Report on the lunatic asylums under the Government of Bombay - 1904-1913
Year: 1904
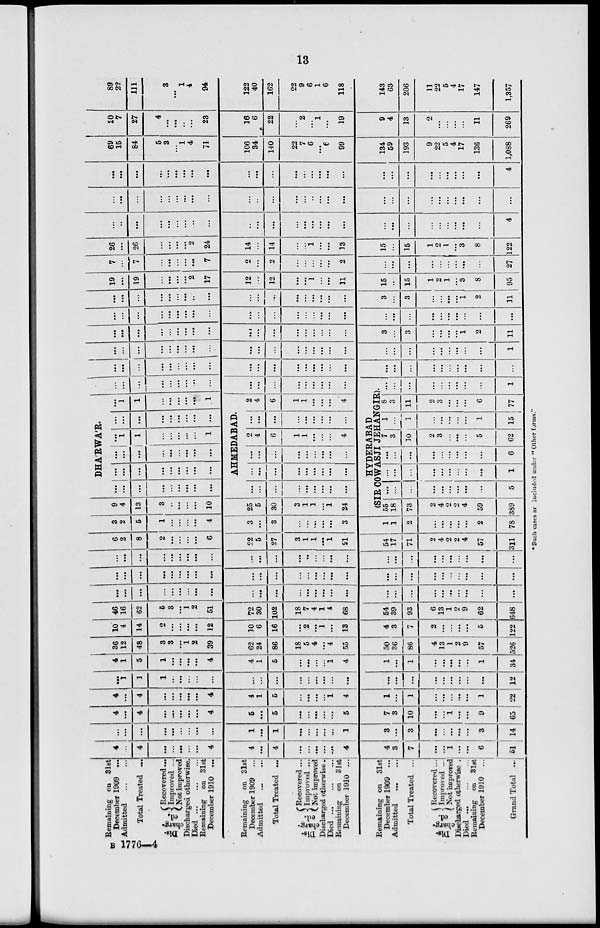
13
Remaining on 31st
December 1909 ...
Admitted
......
Total Treated ...
Dis-
charg-
ed.
Recovered...
Improved ...
Not improved
Discharged otherwise.
Died
.........
Remaining on 31st
December 1910 ...
Remaining on 31st
December 1909 ...
Admitted ......
Total Treated ...
Dis-
charg-
ed.
Recovered ...
Improved ...
Not improved
Discharged otherwise .
Died
.........
Remaining on 31st
December 1910 ...
Remaining on 31st
December 1909 ...
Admitted ......
Total Treated ...
Dig-
charg-
ed.
Recovered ...
Improved ...
Not improved
Discharged otherwise .
Died
.........
Remaining on 31st
December 1910 ...
Grand Total ...
4
..
4
...
...
...
...
...
4
4
...
4
...
...
...
...
...
4
4
3
7
...
...
1
...
...
6
51
...
...
...
...
...
...
...
...
...
1
...
1
...
...
...
...
...
1
3
...
3
...
...
...
...
...
3
14
4
...
4
...
...
...
...
...
4
5
...
5
...
...
...
...
...
5
7
3
10
...
...
1
...
...
9
65
4
...
4
...
...
...
...
...
4
4
1
5
...
...
...
...
1
4
1
...
1
...
...
...
...
1
22
...
1
1
1
...
...
...
...
...
...
...
...
...
...
...
...
...
...
...
...
...
...
...
...
...
...
...
12
4
1
5
1
...
...
...
...
4
4
1
5
...
...
...
...
1
4
1
...
1
...
...
...
...
...
1
34
36
12
48
3
3
...
1
2
39
62
24
86
18
5
4
...
4
55
50
36
86
4
13
1
2
9
57
526
10
4
14
2
...
...
...
...
12
10
6
16
...
2
...
1
...
13
4
3
7
2
...
...
...
...
5
122
46
16
62
5
3
...
1
2
51
72
30
102
18
7
4
1
4
68
54
39
93
6
13
1
2
9
62
648
...
...
...
...
...
...
...
...
...
...
...
...
...
...
...
...
...
...
...
...
...
...
...
...
...
...
...
...
...
...
...
...
...
...
...
...
...
...
...
...
...
...
...
...
...
...
...
...
...
...
...
...
...
...
...
...
...
...
...
...
...
...
...
...
...
...
...
...
...
...
...
...
...
...
...
...
...
...
...
...
...
...
...
...
6
2
8
2
...
...
...
...
6
22
5
27
3
1
1
...
1
21
54
17
71
2
4
2
2
4
57
311
3
2
5
1
...
...
...
...
4
3
...
3
...
...
...
...
...
3
1
1
2
...
...
...
...
...
2
78
9
4
13
3
..
...
...
...
10
25
5
30
3
1
1
...
1
24
DHA'RWA'R.
...
...
...
...
...
...
...
...
...
...
...
...
...
...
...
...
...
...
...
...
...
...
...
...
...
...
...
...
1
1
...
...
...
...
...
1
...
...
...
...
...
...
...
...
...
...
1
1
...
...
...
...
...
1
AHMEDABAD.
...
...
...
...
...
...
...
...
...
...
...
...
...
...
...
...
...
...
...
...
...
...
...
...
...
...
...
2
4
6
1
1
...
...
...
4
...
...
...
...
...
...
...
...
...
2
4
6
1
1
...
...
...
4
...
...
...
...
...
...
...
...
...
...
...
...
...
...
...
...
...
...
HYDERABAD
(SIR COWASJI JEHANGIR).
55
18
73
2
4
2
2
4
59
389
...
...
...
...
...
...
...
...
...
5
...
...
...
...
...
...
...
...
...
1
...
...
...
...
...
...
...
...
...
6
7
3
10
2
3
...
...
...
5
62
1
...
1
...
...
...
...
...
1
15
8
3
11
2
3
...
...
...
6
77
...
...
...
...
...
...
...
...
...
1
...
...
...
...
...
...
...
...
...
...
...
...
...
...
...
...
...
...
...
...
...
...
...
...
...
...
...
...
...
...
...
...
...
...
...
...
...
...
...
...
...
...
...
...
...
...
...
...
...
...
...
...
..
...
...
1
...
...
...
...
...
...
...
...
...
...
...
...
...
...
...
...
...
...
3
...
3
...
...
...
...
1
2
11
...
...
...
...
...
...
...
...
...
...
...
...
...
...
...
...
...
...
...
...
...
...
...
...
...
...
...
...
...
...
...
...
...
...
...
...
...
...
...
...
...
...
...
...
...
...
3
...
3
...
...
...
...
1
2
11
19
...
19
...
...
...
...
2
17
12
...
12
...
...
1
...
...
11
15
...
15
1
2
1
...
3
8
95
7
...
7
...
...
...
...
...
7
2
...
2
...
...
...
...
...
2
...
...
...
...
...
...
...
...
...
27
26
...
26
...
...
...
...
2
24
14
...
14
...
...
1
...
...
13
15
...
15
1
2
1
...
3
8
122
...
...
...
...
...
...
...
...
...
...
...
...
...
...
...
...
...
...
...
...
...
...
...
...
...
...
...
4
...
...
...
...
...
...
...
...
...
...
...
...
...
...
...
...
...
...
...
...
...
...
...
...
...
...
...
...
...
...
...
...
...
...
...
...
...
...
...
...
...
...
...
...
...
...
...
...
...
...
...
...
...
...
...
4
69
15
84
5
3
...
1
4
71
106
34
140
22
7
6
...
6
99
134
59
193
9
22
5
4
17
136
1,088
20
7
27
4
...
...
...
...
23
16
6
22
...
2
...
1
...
19
9
4
13
2
...
...
...
...
11
269
89
22
111
9
3
...
1
4
94
122
40
162
22
9
6
1
6
118
143
63
206
11
22
5
4
17
147
1,357
* Such cases are included under " Other forms."
B 1776—4